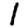
Digit: 1